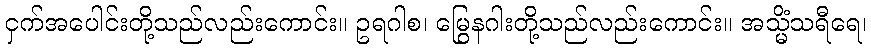
ငှက်အပေါင်းတို့သည်လည်းကောင်း။ ဥရဂါစ၊ မြွေနဂါးတို့သည်လည်းကောင်း။ အသ္မိံသရီရေ၊